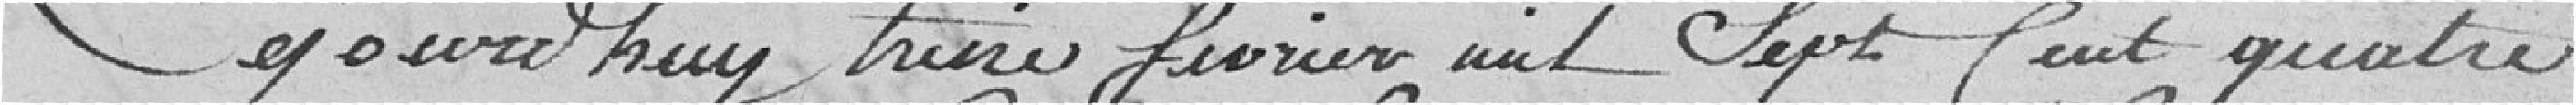
Cejourd'huy treize février mil sept cent quatre